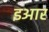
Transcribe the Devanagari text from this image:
इआर